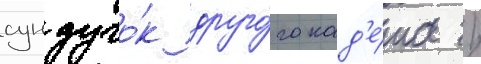
сундучо́к друго́го кад'е́та /